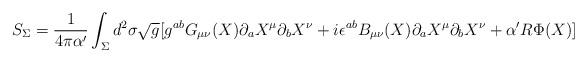
LaTeX: \begin{align*}S_{\Sigma}=\frac{1}{4\pi\alpha^\prime}\int_\Sigma d^2\sigma\sqrt g[g^{ab}G_{\mu\nu}(X)\partial_a X^\mu\partial_b X^\nu+i\epsilon^{ab}B_{\mu\nu}(X)\partial_a X^\mu\partial_bX^\nu+\alpha^\prime R\Phi(X)]\end{align*}